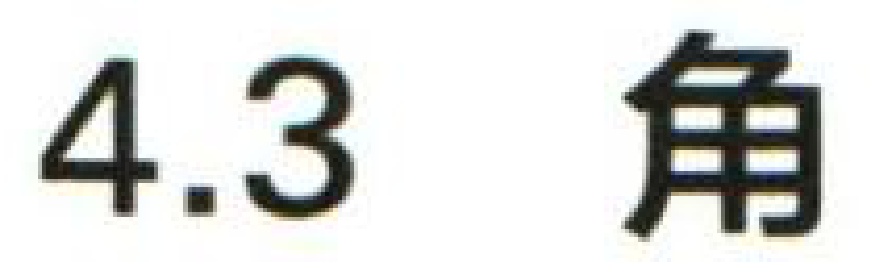
$4.3\ 角$